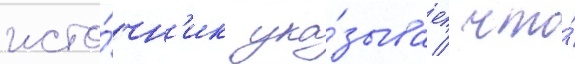
исто́чн'ик ука́зывает / что́